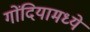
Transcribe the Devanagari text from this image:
गोंदियामध्ये